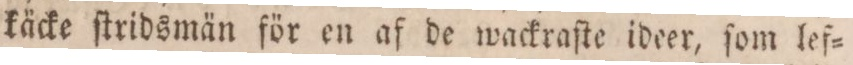
käcke ſtridsmän för en af de wackraſte ideer, ſom lef=